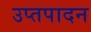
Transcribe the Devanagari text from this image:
उप्तपादन